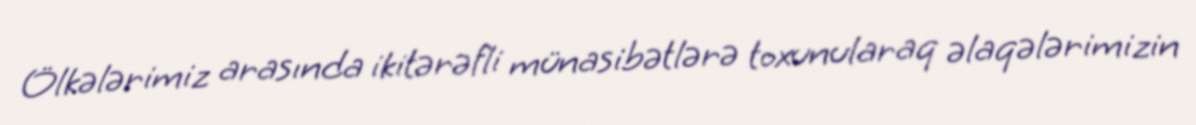
Ölkələrimiz arasında ikitərəfli münasibətlərə toxunularaq əlaqələrimizin